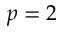
p = 2